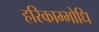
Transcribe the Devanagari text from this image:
हरिकाम्भोधि